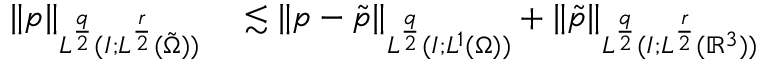
\begin{array} { r l } { \| p \| _ { L ^ { \frac { q } { 2 } } ( I ; L ^ { \frac { r } { 2 } } ( \tilde { \Omega } ) ) } } & { { } \lesssim \| p - \tilde { p } \| _ { L ^ { \frac { q } { 2 } } ( I ; L ^ { 1 } ( \Omega ) ) } + \| \tilde { p } \| _ { L ^ { \frac { q } { 2 } } ( I ; L ^ { \frac { r } { 2 } } ( \ensuremath { \mathbb { R } } ^ { 3 } ) ) } } \end{array}